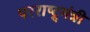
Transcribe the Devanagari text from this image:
परराष्ट्र्मंत्री